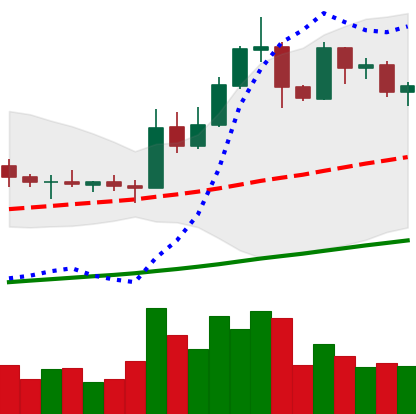
Ticker: EOS-USD
Chart end date: 2019-05-23
Forward return: 33.191%
Label: up_7plus